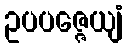
ဥပပဇ္ဇေယျံ